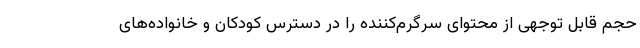
حجم قابل توجهی از محتوای سرگرم‌کننده را در دسترس کودکان و خانواده‌های